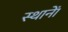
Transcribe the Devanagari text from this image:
स्थानाें